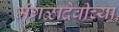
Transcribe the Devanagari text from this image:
मंगळादेवीच्या